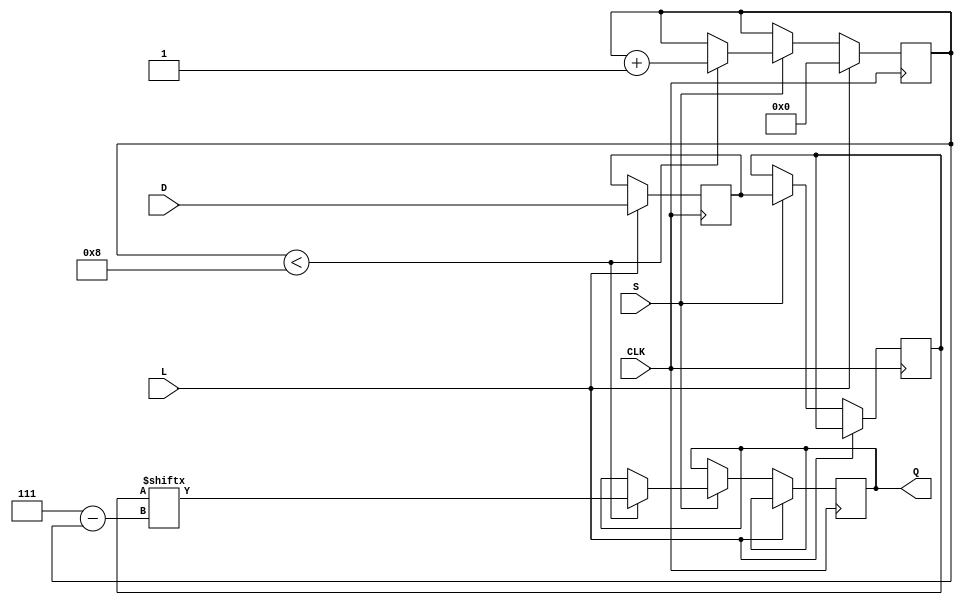
module TwoStagePISO #(parameter N = 8) (
    input wire [N-1:0] D,      // Parallel input data
    input wire L,              // Load control signal
    input wire S,              // Shift control signal
    input wire CLK,            // Clock signal
    output reg Q               // Serial output data
);

    // Internal registers for the two stages
    reg [N-1:0] stage1;  // First stage flip-flops
    reg [N-1:0] stage2;  // Second stage flip-flops
    reg [N-1:0] count;   // Counter to keep track of bits shifted out

    // Sequential logic for loading and shifting
    always @(posedge CLK) begin
        if (L) begin
            // Load data into the first stage
            stage1 <= D;
            count <= 0;  // Reset the count when loading new data
        end
        else if (S) begin
            // Shift data from stage1 to stage2
            stage2 <= stage1;
            // Shift the data out from stage2
            if (count < N) begin
                Q <= stage2[N-1 - count]; // Shift out MSB first
                count <= count + 1;
            end
        end
    end

endmodule